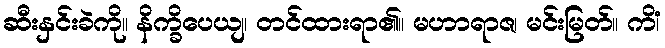
ဆီးနှင်းခဲကို။ နိက္ခိပေယျ၊ တင်ထားရာ၏။ မဟာရာဇ၊ မင်းမြတ်။ ကိံ၊